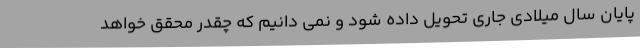
پایان سال میلادی جاری تحویل داده شود و نمی ‌دانیم که چقدر محقق خواهد